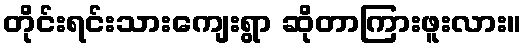
တိုင်းရင်းသားကျေးရွာ ဆိုတာကြားဖူးလား။